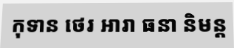
កុទាន ថេរ ឣារា ធនា និមន្ត